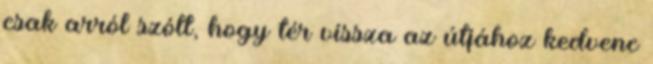
csak arról szólt, hogy tér vissza az útjához kedvenc